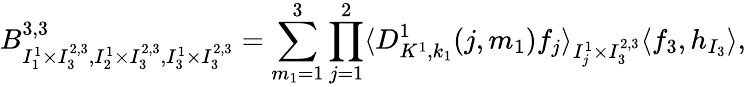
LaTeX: B_{I_{1}^{1}\times I_{3}^{2,3},I_{2}^{1}\times I_{3}^{2,3},I_{3}^{1}\times I_{3}^{2,3}}^{3,3}=\sum_{m_{1}=1}^{3}\prod_{j=1}^{2}\langle D_{K^{1},k_{1}}^{1}(j,m_{1})f_{j}\rangle_{I_{j}^{1}\times I_{3}^{2,3}}\langle f_{3},h_{I_{3}}\rangle,